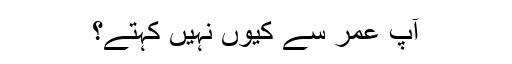
آپ عمر سے کیوں نہیں کہتے؟